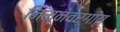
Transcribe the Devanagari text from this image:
निम्‍नवर्गीय